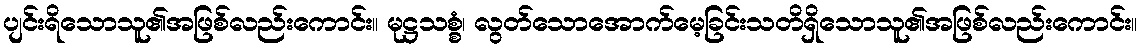
ပျင်းရိသောသူ၏အဖြစ်လည်းကောင်း။ မုဋ္ဌသစ္စံ၊ လွတ်သောအောက်မေ့ခြင်းသတိရှိသောသူ၏အဖြစ်လည်းကောင်း။